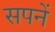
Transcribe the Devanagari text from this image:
सपनें